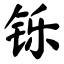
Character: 铄